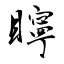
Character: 矃